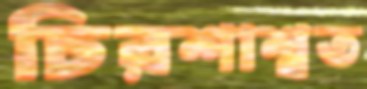
চিরশাশ্বত